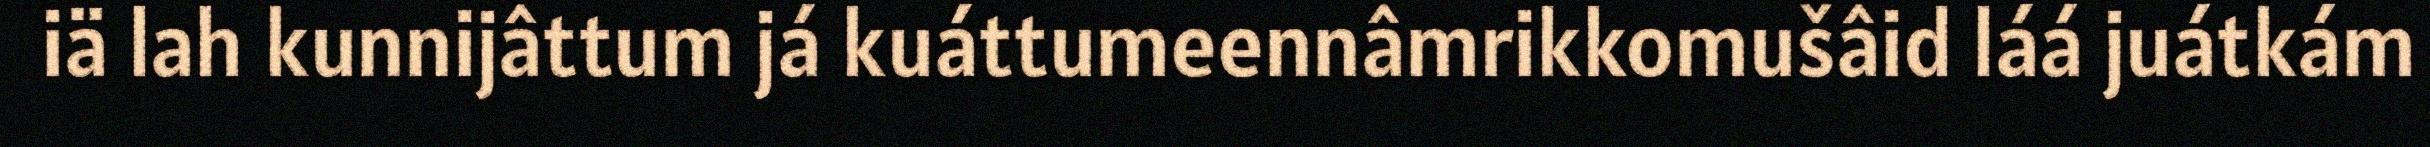
iä lah kunnijâttum já kuáttumeennâmrikkomušâid láá juátkám